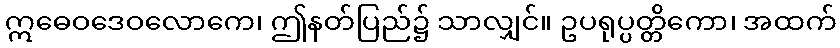
ဣဓေဝဒေဝလောကေ၊ ဤနတ်ပြည်၌ သာလျှင်။ ဥပရုပ္ပတ္တိကော၊ အထက်